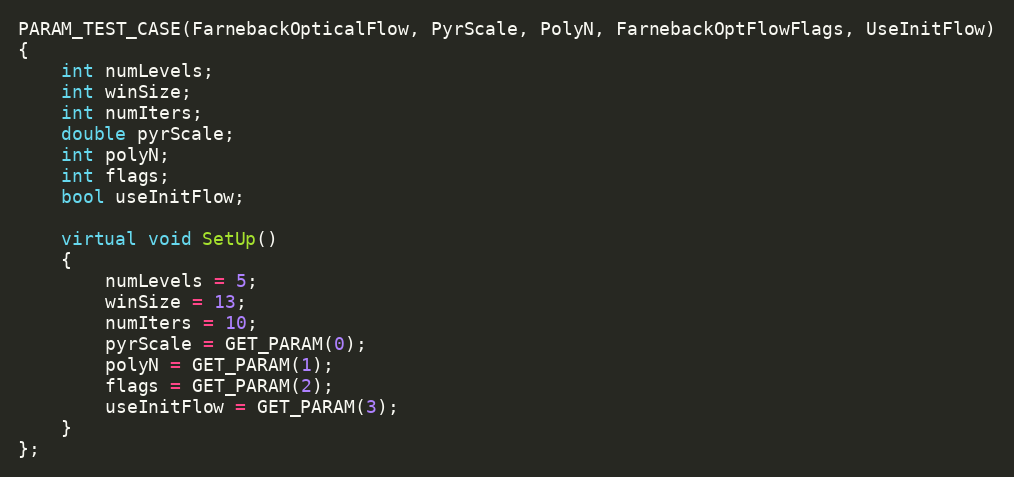
Language: C++
PARAM_TEST_CASE(FarnebackOpticalFlow, PyrScale, PolyN, FarnebackOptFlowFlags, UseInitFlow)
{
    int numLevels;
    int winSize;
    int numIters;
    double pyrScale;
    int polyN;
    int flags;
    bool useInitFlow;

    virtual void SetUp()
    {
        numLevels = 5;
        winSize = 13;
        numIters = 10;
        pyrScale = GET_PARAM(0);
        polyN = GET_PARAM(1);
        flags = GET_PARAM(2);
        useInitFlow = GET_PARAM(3);
    }
};